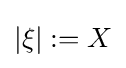
\left|\xi \right|:=X